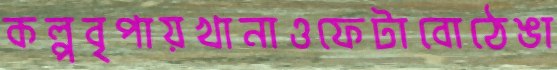
কল্পবৃপায়খানাওফেটাবোঠেঙা